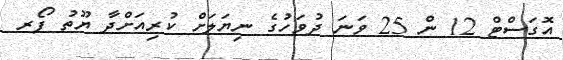
އޮގަސްޓް 12 ން 25 ވަނަ ދުވަހުގެ ނިޔަލަށް ކުރިއަށްދާ ޔޫތު ފޯރ